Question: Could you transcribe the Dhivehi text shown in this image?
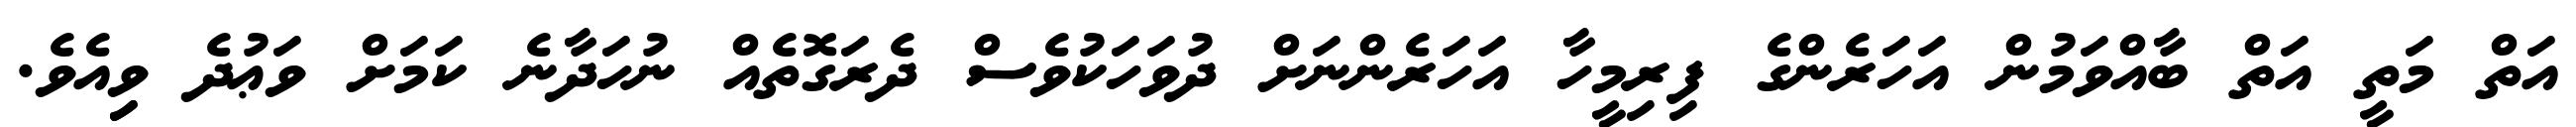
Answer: އަތް މަތީ އަތް ބާއްވަމުން އަހަރެންގެ ފިރިމީހާ އަހަރެންނަށް ދުވަހަކުވެސް ދެރަގޮތެއް ނުހަދާނެ ކަމަށް ވަޢުދެ ވިިއެވެ.